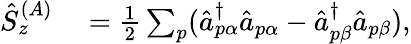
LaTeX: \begin{array}{rl}{\hat{S}_{z}^{(A)}}&{{}=\frac{1}{2}\sum_{p}(\hat{a}_{p\alpha}^{\dagger}\hat{a}_{p\alpha}-\hat{a}_{p\beta}^{\dagger}\hat{a}_{p\beta}),}\end{array}